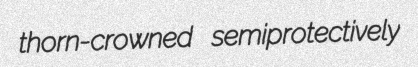
thorn-crowned semiprotectively